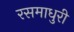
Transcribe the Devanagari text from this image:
रसमाधुरी